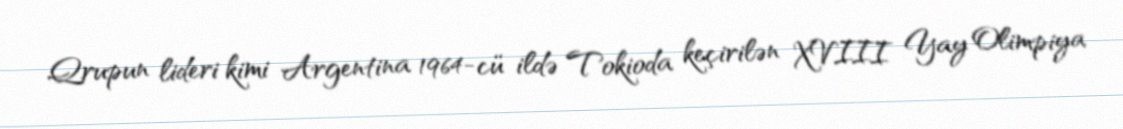
Qrupun lideri kimi Argentina 1964-cü ildə Tokioda keçirilən XVIII Yay Olimpiya